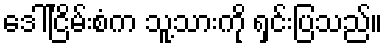
ဒေါ်ငြိမ်းစံက သူ့သားကို ရှင်းပြသည်။